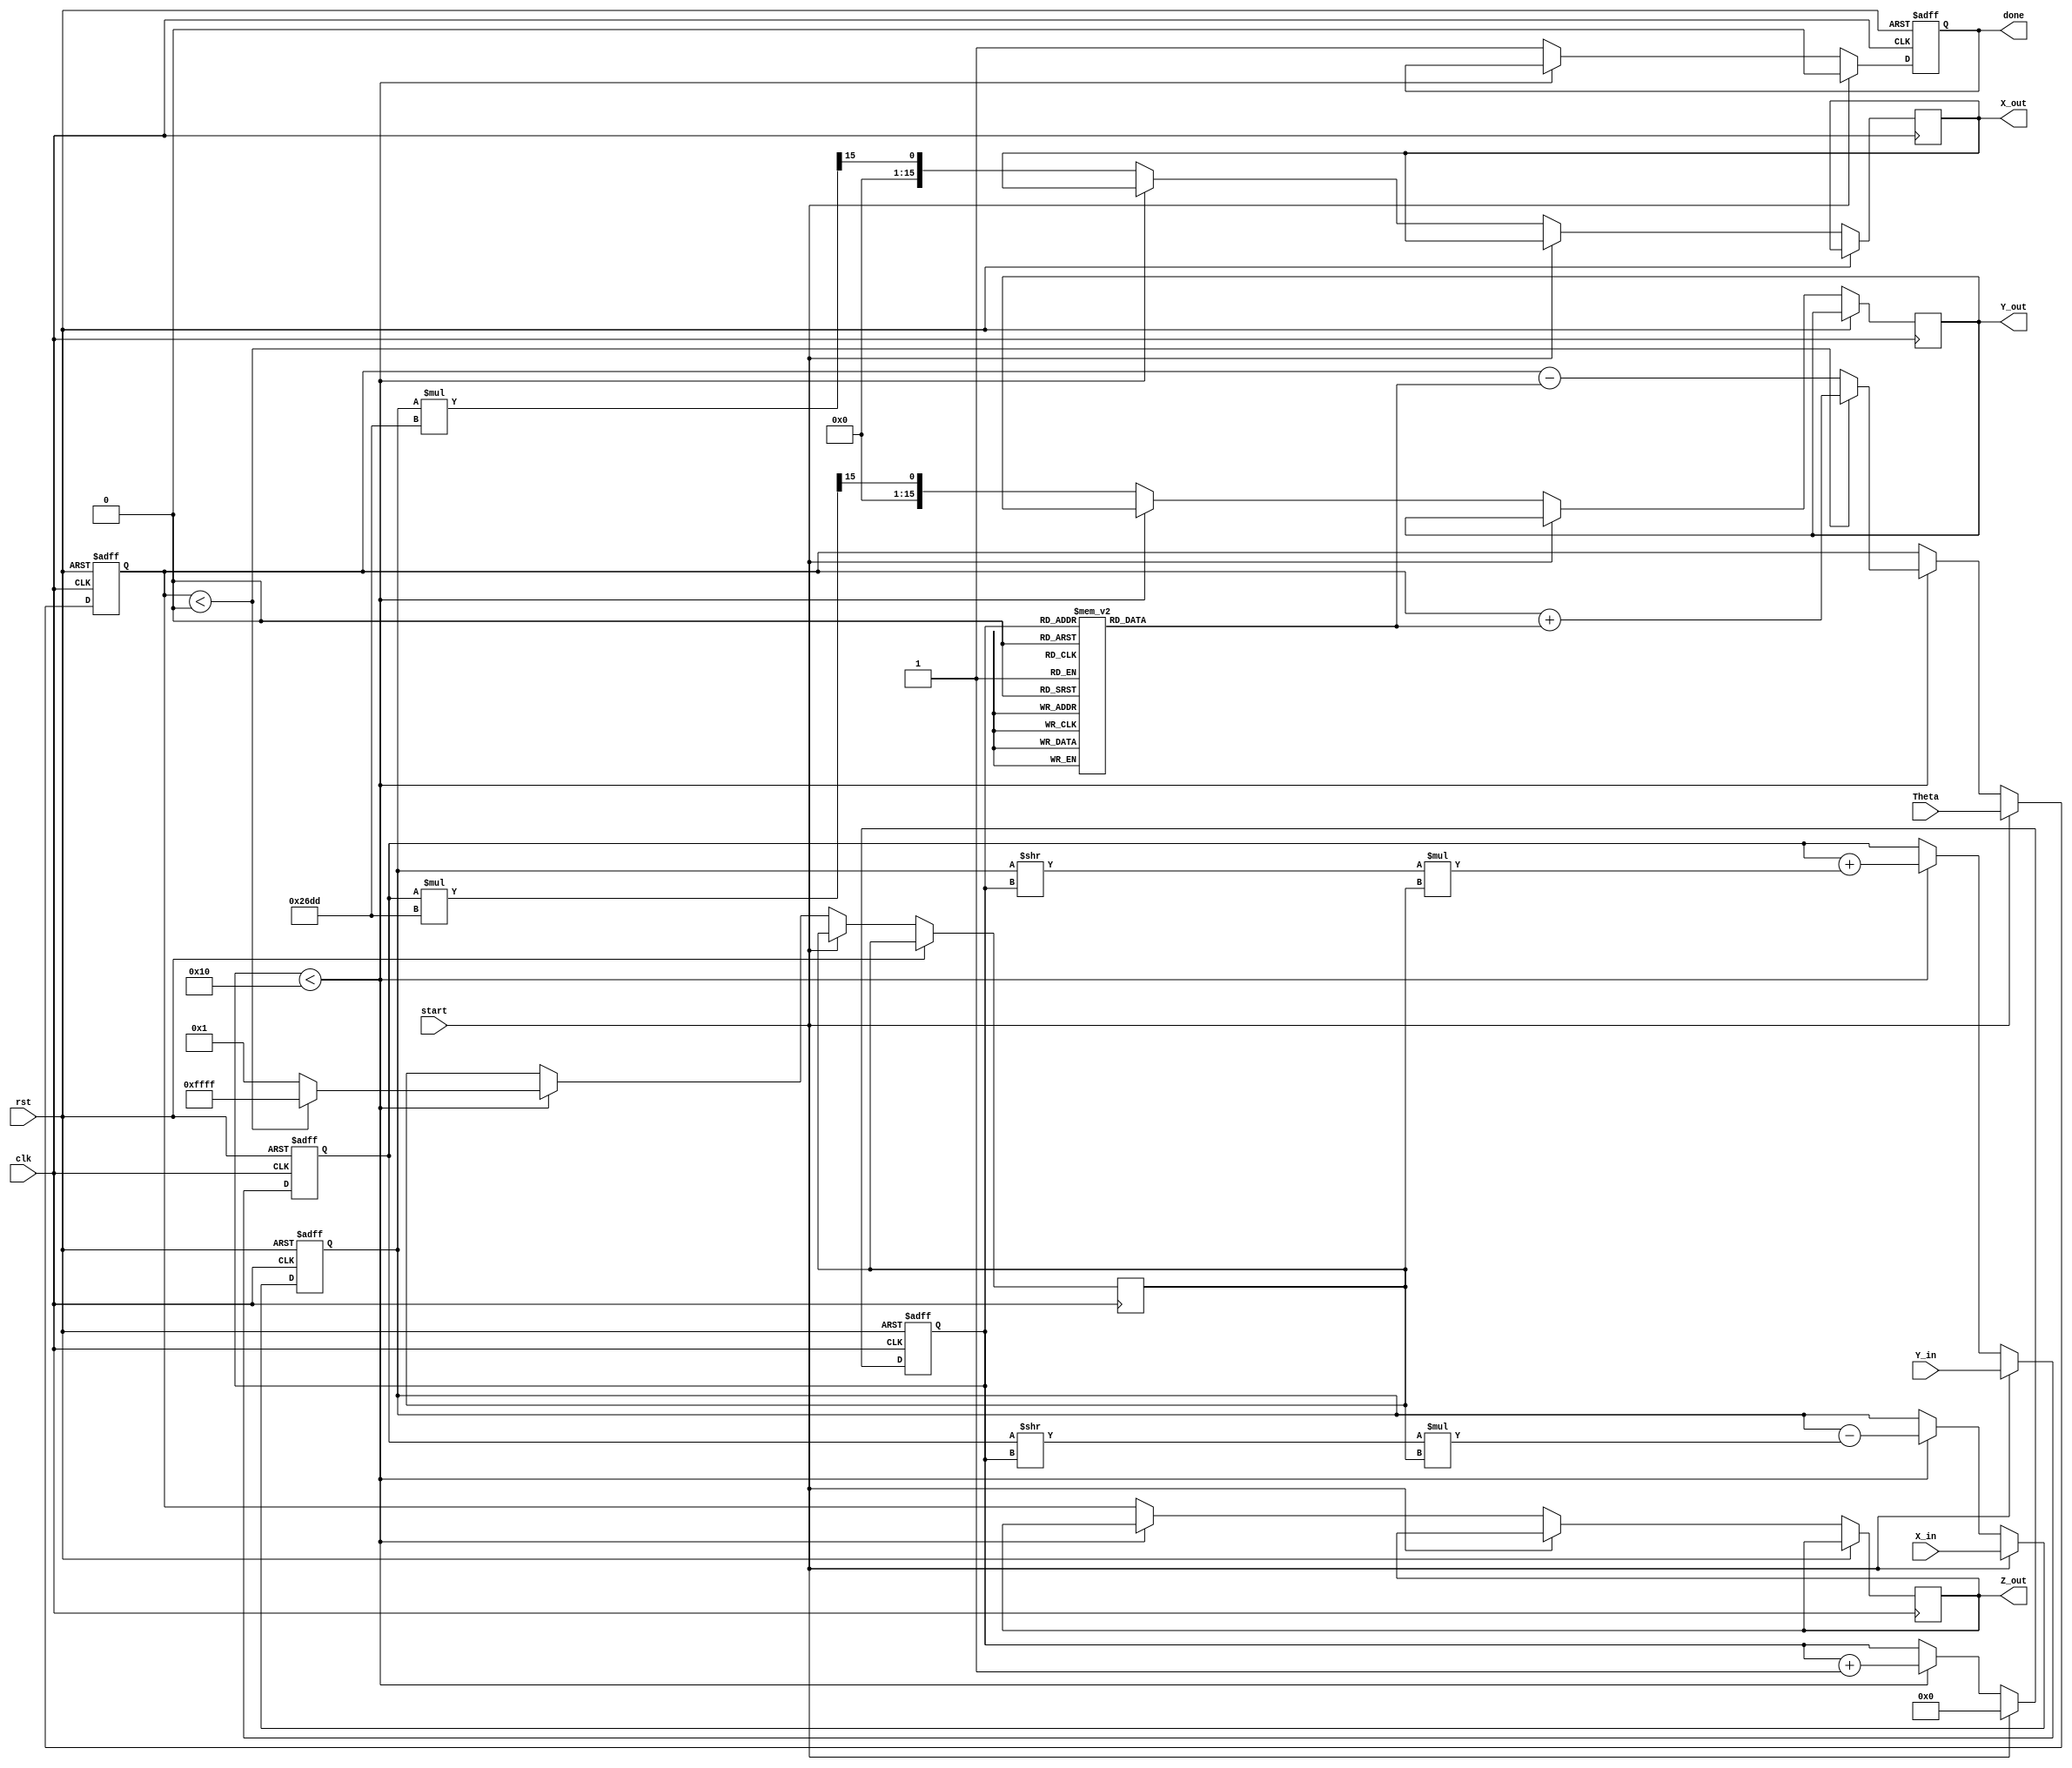
module cordic_2d (
    input wire clk,
    input wire rst,
    input wire start,
    input wire signed [15:0] X_in,      // Input x-coordinate
    input wire signed [15:0] Y_in,      // Input y-coordinate
    input wire signed [15:0] Theta,      // Input angle in radians
    output reg signed [15:0] X_out,      // Output x-coordinate
    output reg signed [15:0] Y_out,      // Output y-coordinate
    output reg signed [15:0] Z_out,      // Output angle after rotation
    output reg done                     // Done signal
);

    // Parameters
    parameter NUM_ITERATIONS = 16;
    parameter FIXED_POINT_FRACTIONAL_BITS = 15; // Adjust as necessary
    parameter K = 16'h26DD; // Scaling factor (approx 0.607)

    // Internal registers
    reg signed [15:0] X_reg;
    reg signed [15:0] Y_reg;
    reg signed [15:0] Z_reg;
    reg [3:0] iteration; // Iteration counter
    reg [15:0] atan_table [0:NUM_ITERATIONS-1]; // Arctangent lookup table
    reg signed [15:0] d; // Direction of rotation

    // Initialize arctangent values (in fixed-point representation)
    initial begin
        atan_table[0] = 16'h2000; // atan(1) = pi/4
        atan_table[1] = 16'h1000; // atan(0.5) = pi/6
        atan_table[2] = 16'h0800; // atan(0.25) = pi/12
        // Fill in the rest of the atan_table values...
        // atan_table[3] = ...
        // ...
        // atan_table[15] = ...
    end

    // Control logic
    always @(posedge clk or posedge rst) begin
        if (rst) begin
            X_reg <= 0;
            Y_reg <= 0;
            Z_reg <= 0;
            iteration <= 0;
            done <= 0;
        end else if (start) begin
            // Load inputs
            X_reg <= X_in;
            Y_reg <= Y_in;
            Z_reg <= Theta;
            iteration <= 0;
            done <= 0;
        end else if (iteration < NUM_ITERATIONS) begin
            // Determine direction of rotation
            if (Z_reg < 0) begin
                d <= -1;
                Z_reg <= Z_reg + atan_table[iteration];
            end else begin
                d <= 1;
                Z_reg <= Z_reg - atan_table[iteration];
            end

            // CORDIC rotation equations
            X_reg <= X_reg - (Y_reg >> iteration) * d;
            Y_reg <= Y_reg + (X_reg >> iteration) * d;

            iteration <= iteration + 1;
        end else begin
            // Final output after iterations
            X_out <= (X_reg * K) >>> FIXED_POINT_FRACTIONAL_BITS; // Scale output
            Y_out <= (Y_reg * K) >>> FIXED_POINT_FRACTIONAL_BITS; // Scale output
            Z_out <= Z_reg; // Output angle
            done <= 1; // Indicate completion
        end
    end

endmodule